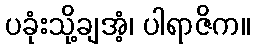
ပခုံးသို့ချအံ့၊ ပါရာဇိက။